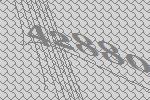
42880